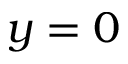
y = 0